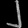
Digit: ၂